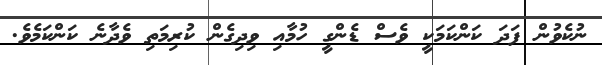
ނުކެވުން ފަދަ ކަންކަމަކީ ވެސް ޑެންގީ ހުމާއި ވިދިގެން ކުރިމަތި ވެދާނެ ކަންކަމެވެ.